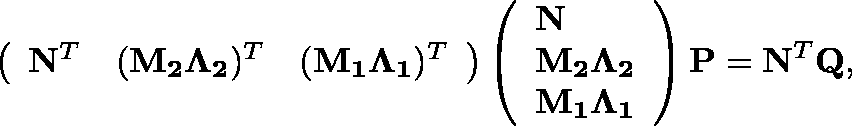
\left( \begin{array} { l l l } { \mathbf { N } ^ { T } } & { ( \mathbf { M _ { 2 } } \mathbf { \Lambda _ { 2 } } ) ^ { T } } & { ( \mathbf { M _ { 1 } } \mathbf { \Lambda _ { 1 } } ) ^ { T } } \end{array} \right) \left( \begin{array} { l } { \mathbf { N } } \\ { \mathbf { M _ { 2 } } \mathbf { \Lambda _ { 2 } } } \\ { \mathbf { M _ { 1 } } \mathbf { \Lambda _ { 1 } } } \end{array} \right) \mathbf { P } = \mathbf { N } ^ { T } \mathbf { Q } ,